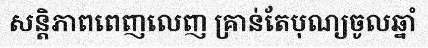
សន្តិភាពពេញលេញ គ្រាន់តែបុណ្យចូលឆ្នាំ